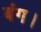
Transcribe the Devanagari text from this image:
बंग।